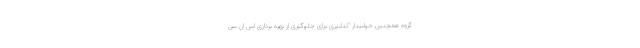
گروه همچنین خواستار "تدابیری برای جلوگیری از بهره برداری اس ان سی